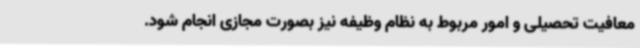
معافیت تحصیلی و امور مربوط به نظام وظیفه نیز بصورت مجازی انجام شود.